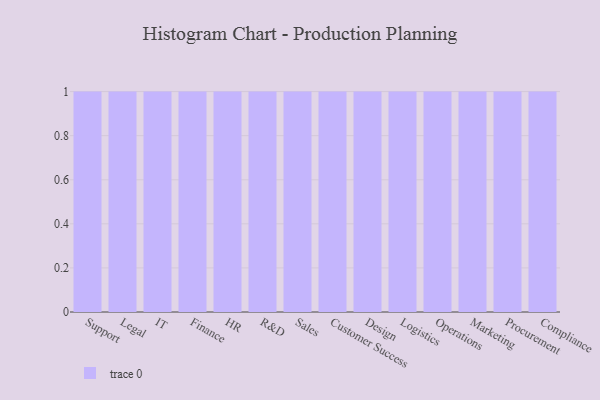
{"axis": {"x": "Department", "y": "Revenue (USD Million)"}, "legend": [""], "data": [{"x": "Support", "y": 13, "type": ""}, {"x": "Legal", "y": 32, "type": ""}, {"x": "IT", "y": 15, "type": ""}, {"x": "Finance", "y": 62, "type": ""}, {"x": "HR", "y": 37, "type": ""}, {"x": "R&D", "y": 90, "type": ""}, {"x": "Sales", "y": 56, "type": ""}, {"x": "Customer Success", "y": 1, "type": ""}, {"x": "Design", "y": 64, "type": ""}, {"x": "Logistics", "y": 15, "type": ""}, {"x": "Operations", "y": 58, "type": ""}, {"x": "Marketing", "y": 44, "type": ""}, {"x": "Procurement", "y": 36, "type": ""}, {"x": "Compliance", "y": 31, "type": ""}]}